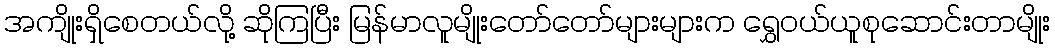
အကျိုးရှိစေတယ်လို့ ဆိုကြပြီး မြန်မာလူမျိုးတော်တော်များများက ရွှေဝယ်ယူစုဆောင်းတာမျိုး